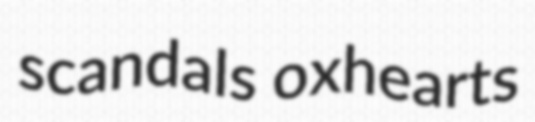
scandals oxhearts